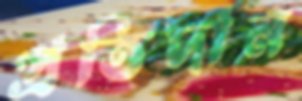
প্রতিদান